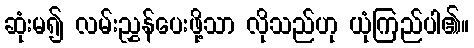
ဆုံးမ၍ လမ်းညွှန်ပေးဖို့သာ လိုသည်ဟု ယုံကြည်ပါ၏။